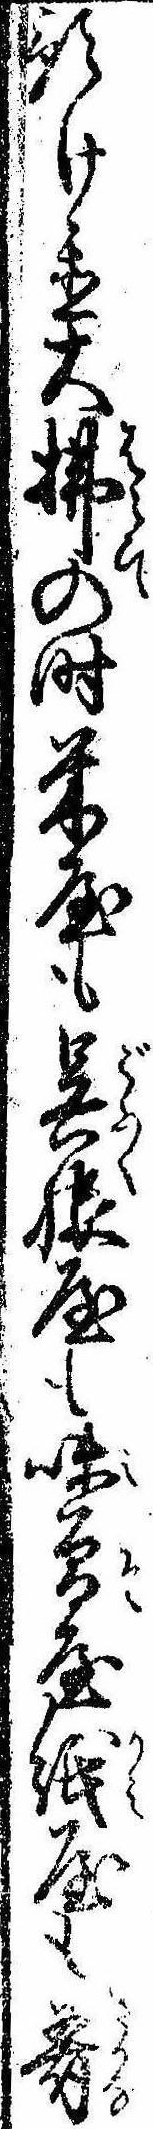
預け置大払の時米屋も呉服屋も味会屋紙屋も肴